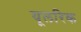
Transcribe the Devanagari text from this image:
यूलरिक